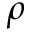
\rho